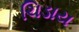
ચિડાય